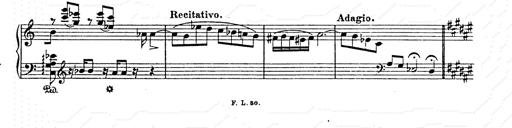
Title: AnnÃ©es de pÃ¨lerinage II
Composer: Franz Liszt